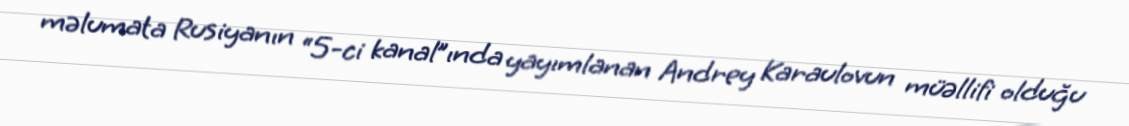
məlumata Rusiyanın “5-ci kanal”ında yayımlanan Andrey Karaulovun müəllifi olduğu